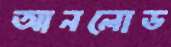
আনলোড